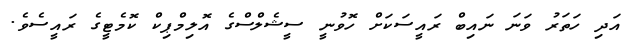
އަދި ހަތަރު ވަނަ ނައިބް ރައީސަކަށް ހޮވުނީ ސީޝެލްސްގެ އޮލިމްޕިކް ކޮމެޓީގެ ރައީސެވެ.